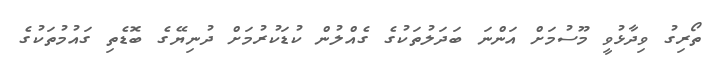
ތޯރިގު ވިދާޅުވީ މޫސުމަށް އަންނަ ބަދަލުތަކުގެ ގެއްލުން ކުޑަކުރުމަށް ދުނިޔޭގެ ބޮޑެތި ގައުމުތަކުގެ